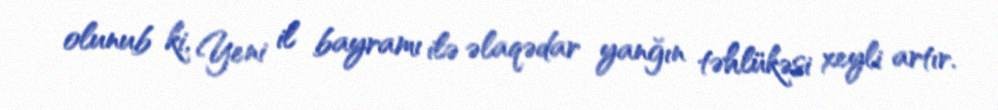
olunub ki, Yeni il bayramı ilə əlaqədar yanğın təhlükəsi xeyli artır.